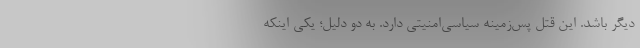
دیگر باشد. این قتل پس‌زمینه سیاسی‌امنیتی دارد. به دو دلیل؛ یکی اینکه